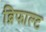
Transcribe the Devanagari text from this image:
ब्रिफाल्ट